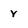
Character: Y